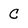
Character: c